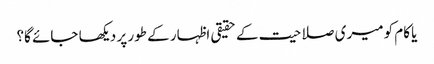
یا کام کو میری صلاحیت کے حقیقی اظہار کے طور پر دیکھا جائے گا؟